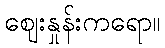
ဈေးနှုန်းကရော။